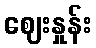
ဈေးနှုန်း